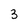
Character: 3